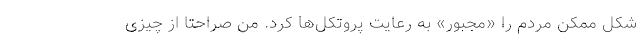
شکل ممکن مردم را «مجبور» به رعایت پروتکل‌ها کرد. من صراحتا از چیزی